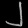
Digit: ၂